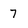
Character: 7